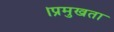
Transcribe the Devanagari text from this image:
।प्रमुखता